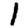
Digit: 1